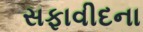
સફાવીદના